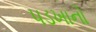
પડખાનો